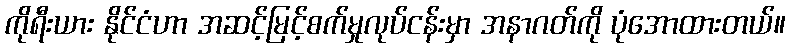
ကိုရီးယား နိုင်ငံဟာ အဆင့်မြင့်စက်မှုလုပ်ငန်းမှာ အနာဂတ်ကို ပုံအောထားတယ်။